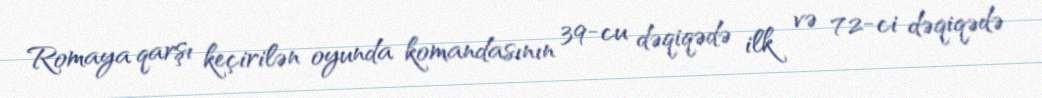
Romaya qarşı keçirilən oyunda komandasının 39-cu dəqiqədə ilk və 72-ci dəqiqədə